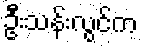
ဦးသန်းလွင်က